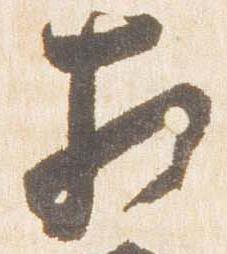
相